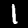
Label: 1